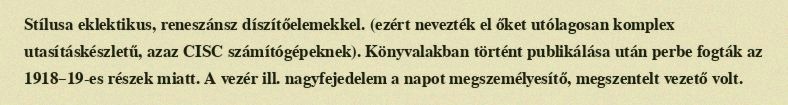
Stílusa eklektikus, reneszánsz díszítőelemekkel. (ezért nevezték el őket utólagosan komplex utasításkészletű, azaz CISC számítógépeknek). Könyvalakban történt publikálása után perbe fogták az 1918–19-es részek miatt. A vezér ill. nagyfejedelem a napot megszemélyesítő, megszentelt vezető volt.